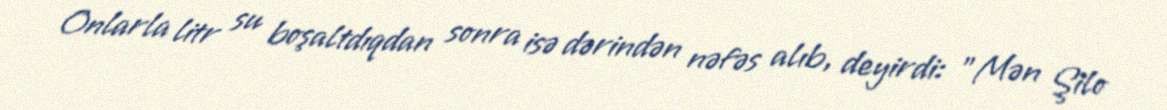
Onlarla litr su boşaltdıqdan sonra isə dərindən nəfəs alıb, deyirdi: "Mən Şilo